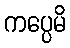
ကပ္ပေမိ